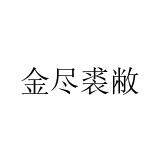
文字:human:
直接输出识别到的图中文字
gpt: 金尽裘敝